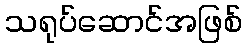
သရုပ်ဆောင်အဖြစ်